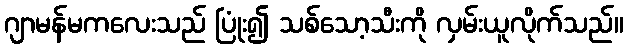
ဂျာမန်မကလေးသည် ပြုံး၍ သစ်သော့သီးကို လှမ်းယူလိုက်သည်။